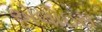
એલોઇસ